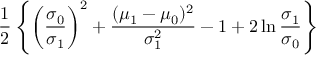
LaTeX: { \frac { 1 } { 2 } } \left\{ \left( { \frac { \sigma _ { 0 } } { \sigma _ { 1 } } } \right) ^ { 2 } + { \frac { ( \mu _ { 1 } - \mu _ { 0 } ) ^ { 2 } } { \sigma _ { 1 } ^ { 2 } } } - 1 + 2 \ln { \frac { \sigma _ { 1 } } { \sigma _ { 0 } } } \right\}